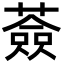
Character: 薟